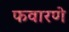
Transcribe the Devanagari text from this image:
फवारणे